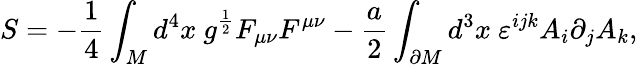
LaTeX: S=-\frac 14\int_{M}d^{4}x\ g^{\frac 12}F_{\mu\nu}F^{\mu\nu}-\frac a2\int_{\partial M}d^{3}x\ \varepsilon^{ijk}A_{i}\partial_{j}A_{k},